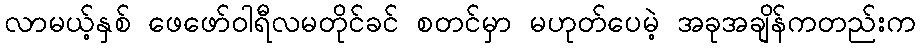
လာမယ့်နှစ် ဖေဖော်ဝါရီလမတိုင်ခင် စတင်မှာ မဟုတ်ပေမဲ့ အခုအချိန်ကတည်းက